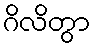
ဂိလိတွာ